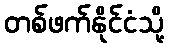
တစ်ဖက်နိုင်ငံသို့